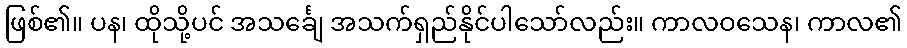
ဖြစ်၏။ ပန၊ ထိုသို့ပင် အသင်္ချေ အသက်ရှည်နိုင်ပါသော်လည်း။ ကာလဝသေန၊ ကာလ၏